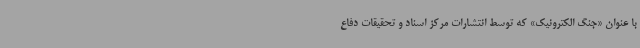
با عنوان «جنگ الکترونیک» که توسط انتشارات مرکز اسناد و تحقیقات دفاع